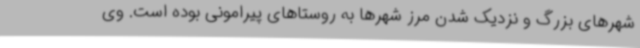
شهرهای بزرگ و نزدیک شدن مرز شهرها به روستاهای پیرامونی بوده است. وی